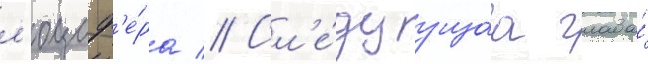
л'юциф'е́ра // Сл'е́дуущаа глава́